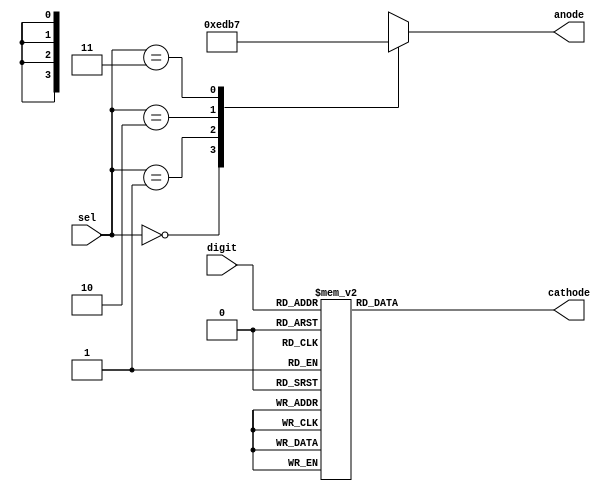
/**
 *  sseg_driver.v - Microcoded Accumulator CPU
 *  Copyright (C) 2015  Orlando Arias, David Mascenik
 *
 *  This program is free software: you can redistribute it and/or modify
 *  it under the terms of the GNU General Public License as published by
 *  the Free Software Foundation, either version 3 of the License, or
 *  (at your option) any later version.
 *
 *  This program is distributed in the hope that it will be useful,
 *  but WITHOUT ANY WARRANTY; without even the implied warranty of
 *  MERCHANTABILITY or FITNESS FOR A PARTICULAR PURPOSE.  See the
 *  GNU General Public License for more details.
 *
 *  You should have received a copy of the GNU General Public License
 *  along with this program.  If not, see <http://www.gnu.org/licenses/>.
 */
`timescale 1ns / 1ps

/* seven segment display driver */
module sseg_driver(
		input wire		[ 3 : 0]	digit,		/* digit to show */
		input wire		[ 1 : 0]	sel,		/* place to show */
		output reg		[ 3 : 0]	anode,		/* common anode enable */
		output reg		[ 6 : 0]	cathode		/* cathode enable */
    );

	/* decode anode enable signal */
	always @(sel) begin
		case(sel)
			2'b00:	anode = 4'b1110;
			2'b01:	anode = 4'b1101;
			2'b10:	anode = 4'b1011;
			2'b11:	anode = 4'b0111;
		endcase
	end
	
	/* decode digit into 7-segment driver output */
	always @(digit) begin
		case(digit)			/*   ABCDEFG */
			4'h0:	cathode = 7'b0000001;
			4'h1:	cathode = 7'b1001111;
			4'h2:	cathode = 7'b0010010;
			4'h3:	cathode = 7'b0000110;
			4'h4:	cathode = 7'b1001100;
			4'h5:	cathode = 7'b0100100;
			4'h6:	cathode = 7'b0100000;
			4'h7:	cathode = 7'b0001111;
			4'h8:	cathode = 7'b0000000;
			4'h9:	cathode = 7'b0000100;
			4'ha:	cathode = 7'b0001000;
			4'hb:	cathode = 7'b1100000;
			4'hc:	cathode = 7'b0110001;
			4'hd:	cathode = 7'b1000010;
			4'he:	cathode = 7'b0110000;
			4'hf:	cathode = 7'b0111000;
		endcase
	end

endmodule
/* vim: set ts=4 tw=79 syntax=verilog */